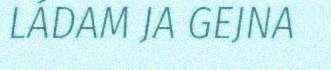
LÁDAM JA GEJNA